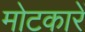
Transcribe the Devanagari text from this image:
मोटकारें